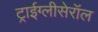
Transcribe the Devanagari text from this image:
ट्राईग्लीसेरॉल